Report on vaccination in the Province of Bengal - 1874-1889
Year: 1874
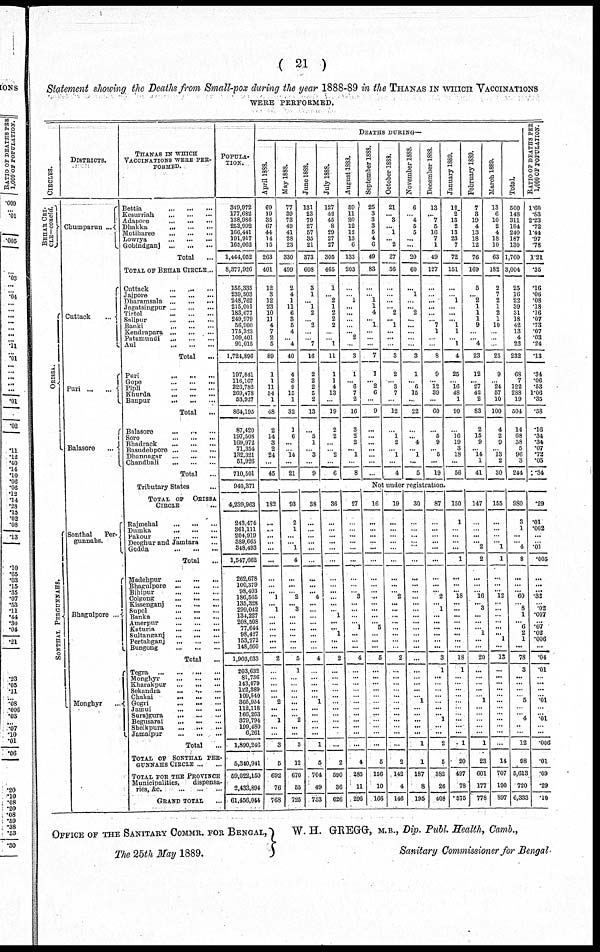
( 21 )
Statement showing the Deaths from Small-pox during the year 1888-89 in the THANAS IN WHICH VACCINATIONS
WERE PERFORMED.
CIRCLES.
BEHAR CIR-
---— concld.
ORISSA.
SONTHAL PERGUNNAHS.
DISTRICTS.
Chumparun ...
Cuttack ...
Pari
...
...
Balasore ...
Sonthal
Per¬
gunnahs.
Bhagulpore ...
Monghyr
...
THANAS IN WHICH
VACCINATIONS WERE PER¬
FORMED.
Bettia
...
...
...
Kesurriah
...
...
...
Adapore
...
...
...
Dhakka
...
...
...
Motiharee
...
...
...
Lowrya
...
...
...
Gobindganj ... ... ...
Total ...
TOTAL OF BEHAR CIRCLE ...
Cuttack
...
...
...
Jajpore
...
...
...
Dharamsala
...
...
...
Jagatsingpur
...
...
...
Tirtol
...
...
...
Salipur
...
...
...
Banki
...
...
...
Kendrapara
...
...
...
Patamundi
...
...
...
Aul
...
...
...
Total
...
Puri
...
...
...
Gope
...
...
...
Pipli
...
...
...
Khurda
...
...
...
Banpur
...
...
...
Total ...
Balasore ... ... ...
Soro
...
...
...
Bhadrack
...
...
...
Basudebpore
...
...
...
Dhannagar
...
...
...
Chandbali
...
...
...
Total ...
Tributary States ...
TOTAL OF ORISSA
CIRCLE ...
Rajmehal
...
...
...
Dumka
...
...
...
Pakour
...
...
...
Deoghur and Jamtara ...
Godda
...
...
...
Total ...
Madehpur
...
...
...
Bhagulpore
...
...
...
Bihipur
...
...
...
Colgong
...
...
...
Kissenganj
...
...
...
Supol
...
...
...
Banka
...
...
...
Amerpur
...
...
...
Katuria
...
...
...
Sultanganj
...
...
...
Pertabganj
...
...
...
Bungong
...
...
...
Total ...
Tegra
...
...
...
...
Monghyr
...
...
...
Kharakpur
...
...
...
Sekandra
...
...
...
Chakai ... ... ...
Gogri
...
...
...
Jamui
...
...
...
Surajgura
...
...
...
Begusarai
...
...
...
Sheikpura ... ... ...
Jamalpur
...
...
...
Total ...
TOTAL OF SONTHAL PER¬
GUNNAHS CIRCLE ... ...
TOTAL FOR THE PROVINCE
Municipalities,
dispensa-
ries,
&c.
...
...
...
GRAND TOTAL ...
POPULA-
TION.
349,972
177,682
138,986
253,992
166,441
191,917
165,062
1,444,052
8,377,926
155,335
239,503
248,762
215,001
183,677
249,979
56,900
175,323
109,401
91,015
1,724,896
197,841
116,167
226,782
269,478
53,927
864,195
87,420
197,508
169,972
71,354
132,321
51,926
710,501
940,371
4,239,963
243,474
361,111
204,919
389,665
348,493
1,547,662
262,678
100,379
98,403
186,565
135,328
299,042
134,227
208,508
77,644
98,427
153,272
148,560
1,903,033
203,632
81,736
143,079
122,389
109,540
365,954
112,118
166,263
379,794
199,480
6,261
1,890,246
5,340,941
59,022,150
2,433,894
61,456,044
DEATHS DURING—
April 1888.
69
19
35
67
44
14
15
263
401
12
3
12
23
10
11
4
7
2
5
89
1
1
11
34
1
48
2
14
3
2
24
...
45
May 1888.
77
39
73
49
41
28
23
330
499
2
4
1
11
6
3
5
4
... 4
40
4
3
9
15
1
32
1
6
...
...
14
...
21
June 1888.
131
23
79
27
57
35
21
373
608
3
1
... 1
2
... 2
...
... 7
16
2
2
2
5
2
13
...
5
1
...
3
...
9
July 1888.
127
42
45
8
29
27
27
305
465
1
... 2
1
2
2
2
...
... 1
11
1
1
4
13
...
19
2
2
...
...
2
...
6
August 1888.
59
11
20
12
12
13
6
133
203
...
...
1
...
...
...
...
... 2
...
3
1
... 6
7
2
16
3
2
2
... 1
...
8
September 1888.
25
3
3
3
5
4
6
49
83
...
...
1
1
4
... 1
...
...
...
7
1
... 2
6
...
9
...
...
...
...
...
...
...
October 1888.
21
... 3
... 1
... 2
27
56
...
...
...
...
2
... 1
...
...
...
3
2
... 3
7
...
12
...
1
2
...
1
...
4
November 1888.
6
... 4
5
5
...
...
20
60
...
1
...
... 2
...
...
...
...
...
3
1
... 6
15
...
22
...
... 4
... 1
...
5
December 1888.
13
... 7
5
16
7
1
49
127
...
...
...
...
...
... 7
1
... ...
8
9
... 12
39
...
60
...
5
9
... 5
...
19
January 1889.
12
2
13
2
13
23
7
72
151
...
... 1
...
...
... 1
1
... 1
4
25
... 16
48
1
90
...
16
19
3
18
...
56
February 1889.
7
3
19
4
13
18
12
76
169
5
... 2
1
1
1
9
...
... 4
23
12
... 27
42
2
83
2
15
9
... 14
1
41
March 1889.
13
6
10
2
4
18
10
63
182
2
1
2
1
2
1
10
...
...
...
25
9
...
24
57
10
100
4
2
9
... 13
2
30
Total.
560
148
311
184
240
187
130
1,760
3,004
25
16
22
39
31
18
42
13
4
22
232
68
7
122
288
19
504
14
68
38
5
96
3
244
RATIO OF DEATHS PER
1,000 OF POPULATION.
1.60
.83
2.23
.72
1.44
.97
.78
1.21
.35
.16
.06
.08
.18
.16
.07
.73
.07
.03
.24
.13
.34
.06
.53
1.06
.35
.58
.16
.34
.34
.07
.72
.05
.34
Not under registration.
182
...
...
...
...
...
...
...
...
... 1
... 1
...
...
...
...
...
...
2
...
...
...
...
... 2
...
... 1
...
...
3
5
692
76
768
93
2
1
...
... 1
4
...
...
... 2
... 3
...
...
...
...
...
...
5
1
...
...
...
...
...
...
...
2
...
...
3
12
670
55
725
38
...
...
...
...
...
...
...
...
... 4
...
...
...
...
...
...
...
...
4
...
...
...
...
... 1
...
...
...
...
...
1
5
704
49
753
36
...
...
...
...
...
...
...
...
...
...
...
...
1
...
... 1
...
...
2
...
...
...
...
...
...
...
...
...
...
...
...
2
590
36
626
27
...
...
...
...
...
...
...
...
...
3
...
...
...
... 1
...
...
...
4
...
...
...
...
...
...
...
...
...
...
...
...
4
285
11
296
16
...
...
...
...
...
...
...
...
...
...
...
...
...
... 5
...
...
...
5
...
...
...
...
...
...
...
...
...
...
...
...
5
156
10
166
19
...
...
...
...
...
...
...
...
... 2
...
...
...
...
...
...
...
...
2
...
...
...
...
...
...
...
...
...
...
...
...
2
142
4
146
30
...
...
...
...
...
...
...
...
...
...
...
...
...
...
...
...
...
...
...
...
...
...
...
... 1
...
...
...
...
...
1
1
187
8
195
87
...
...
... ...
...
...
...
...
...
2
... 1
...
...
...
...
...
...
3
1
...
...
...
...
...
...
... 1
...
...
2
5
382
26
408
150
1
...
...
...
...
1
...
...
... 18
...
...
...
...
...
...
...
...
18
1
...
...
...
...
...
... ...
...
...
...
1
20
497
78
575
147
...
...
...
... 2
2
...
...
... 16
... 3
...
...
... 1
...
...
20
...
...
...
...
... 1
...
...
...
... ...
1
23
601
177
778
155
...
...
... ... 1
1
...
...
... 12
...
...
...
...
...
... 1
...
13
...
...
...
...
...
...
...
...
...
...
...
...
14
707
190
897
980
3
1
...
... 4
8
...
...
... 60
... 8
1
... 6
2
1
...
78
3
...
...
...
... 5
... ... 4
..
...
12
98
5,613
720
6,333
.29
.01
.002
...
...
.01
.005
...
...
...
.32
... .02
.007
...
.07
.02
.006
...
.04
.01
... ...
...
...
.01
...
... .01
... ...
.006
.01
.09
.29
.10
OFFICE OF THE SANITARY COMMR. FOR BENGAL,
The 25th May 1889.
W. H. GREGG, M.B., Dip. Publ. Health, Camb.,
Sanitary Commissioner for Bengal.